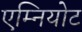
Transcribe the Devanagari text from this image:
एम्नियोट